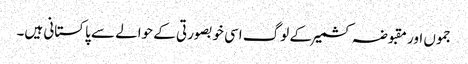
جموں اور مقبوضہ کشمیر کے لوگ اسی خوبصورتی کے حوالے سے پاکستانی ہیں۔